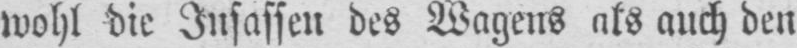
wohl die Insassen des Wagens als auch den